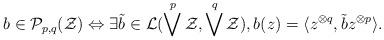
LaTeX: \begin{align*}b \in \mathcal P_{p,q}(\mathcal Z) \Leftrightarrow \exists \tilde{b} \in\mathcal{L}(\bigvee^{p}\mathcal Z,\bigvee^{q}\mathcal Z),b(z)=\langle z^{\otimes q},\tilde{b}z^{\otimes p}\rangle.\end{align*}